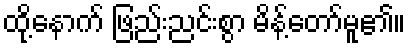
ထို့နောက် ဖြည်းညင်းစွာ မိန့်တော်မူ၏။